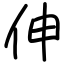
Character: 伸